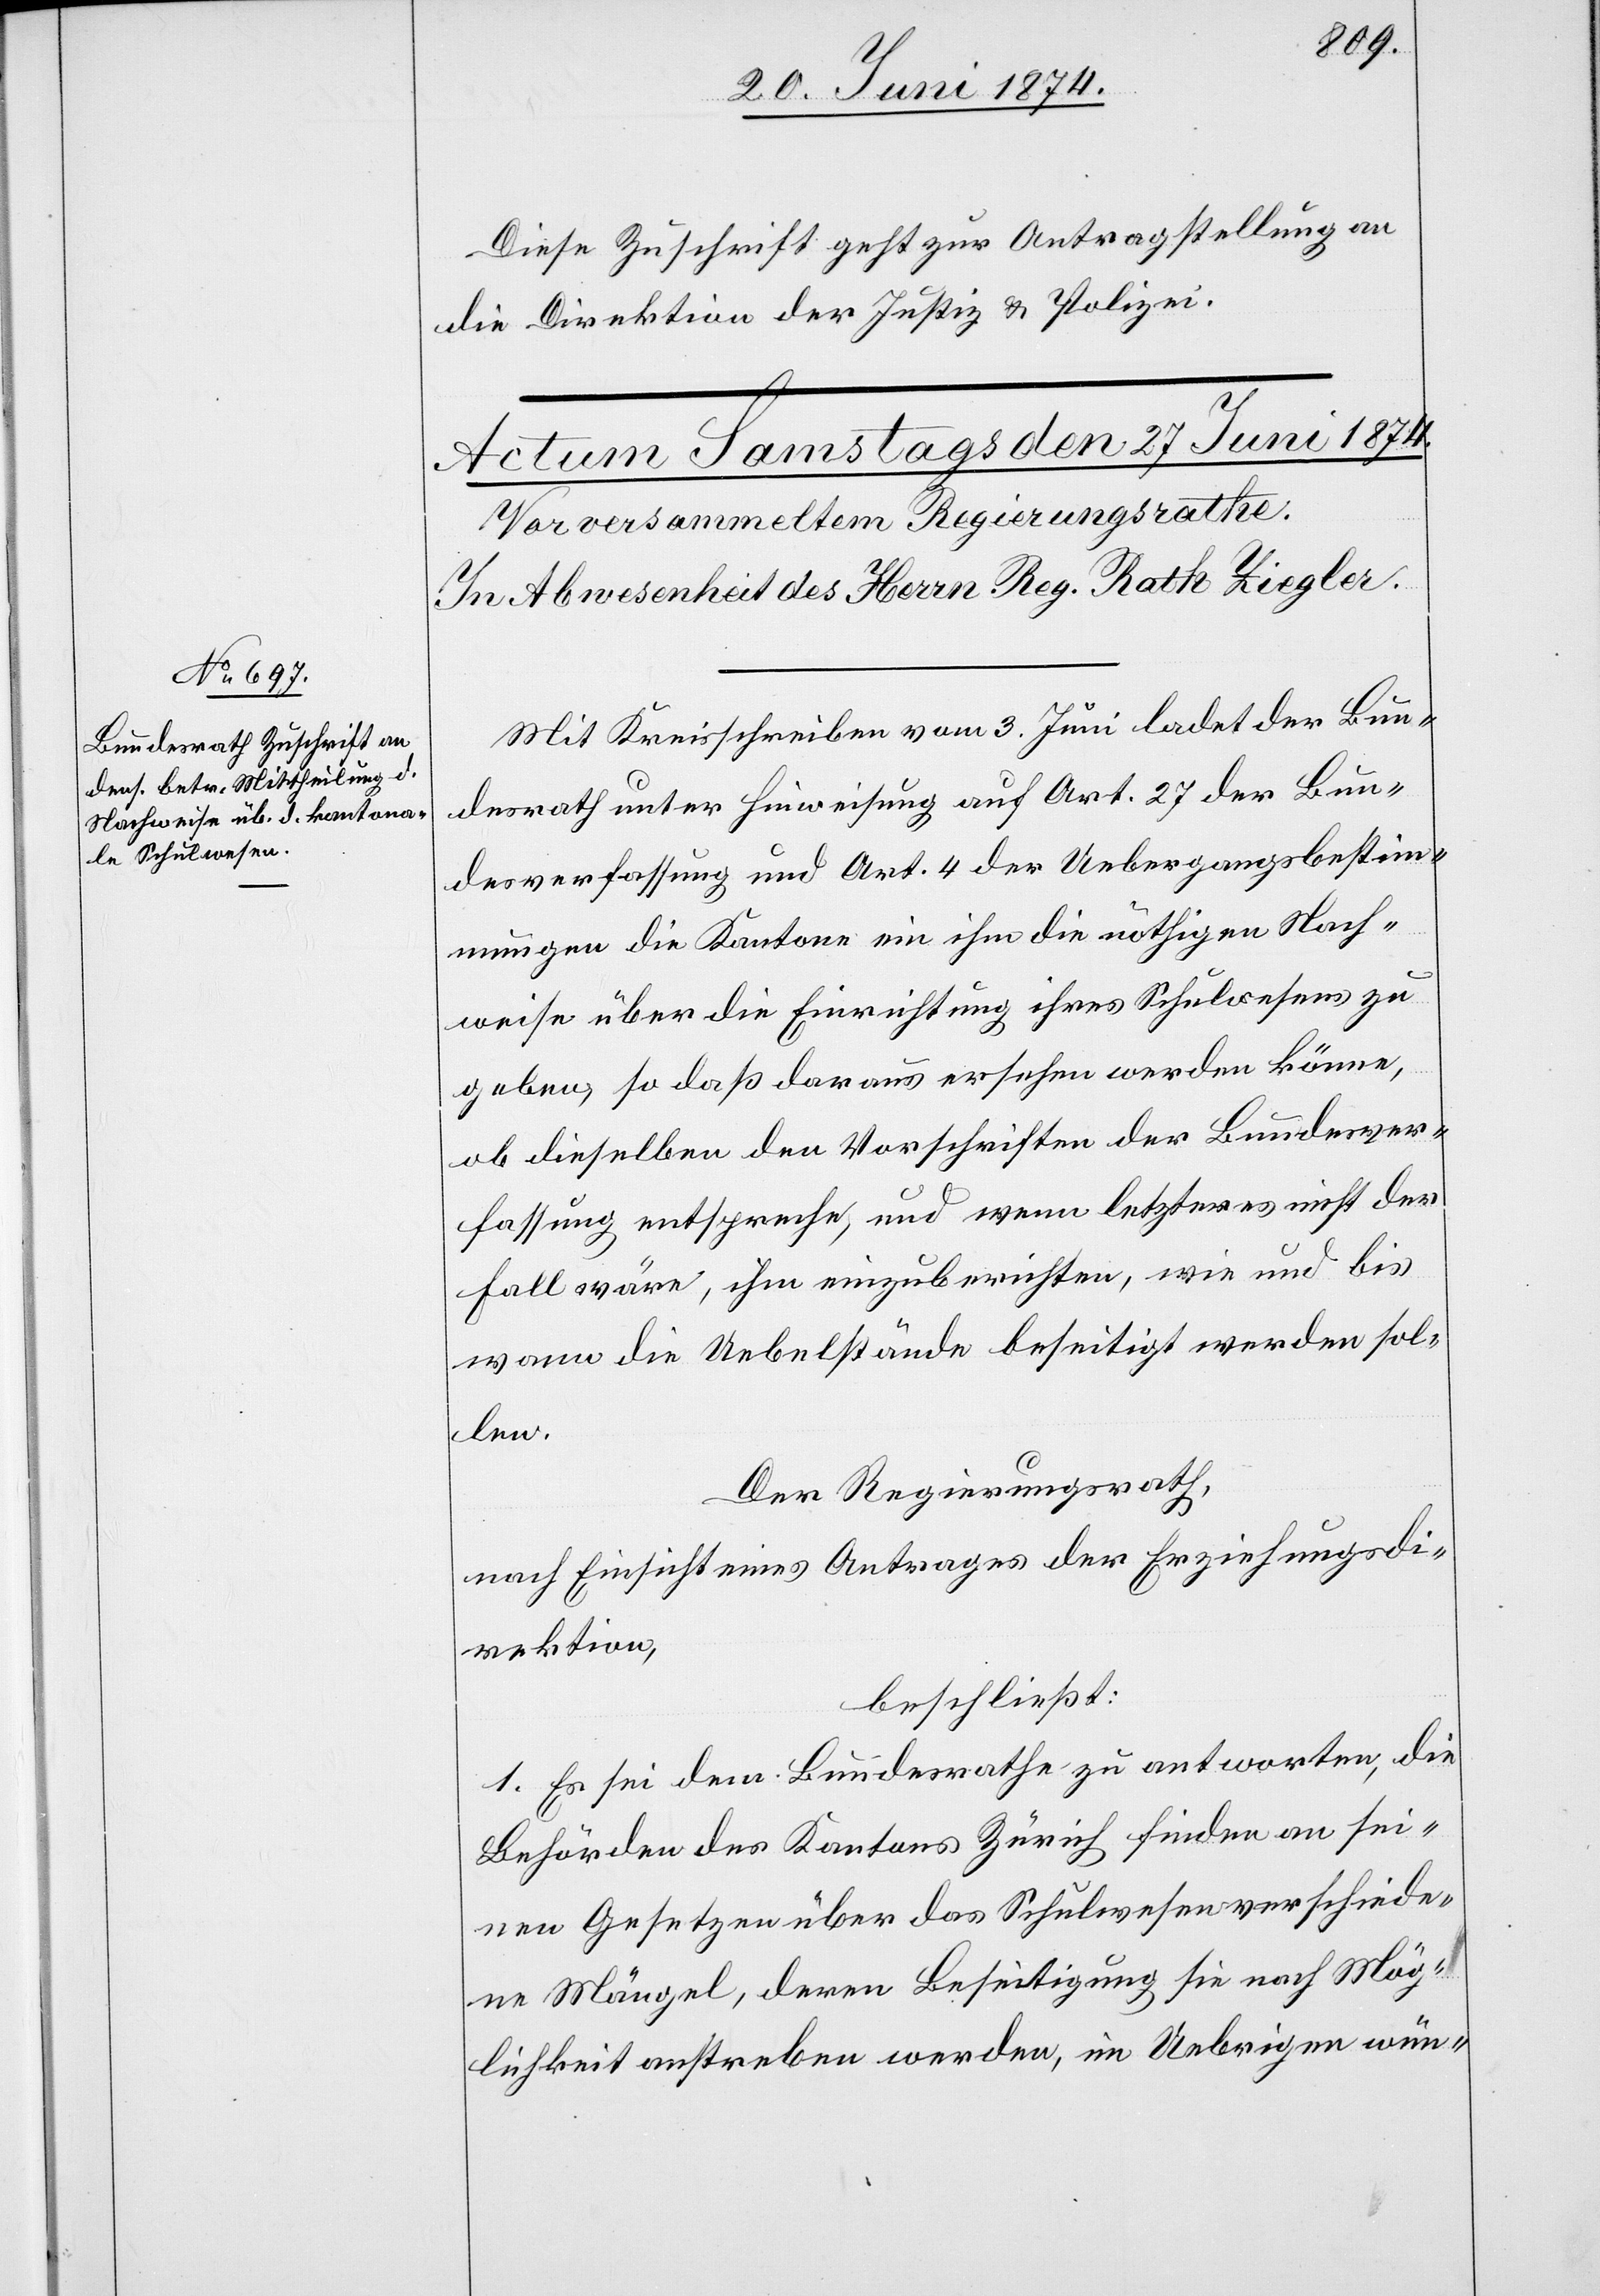
Diese Zuschrift geht zur Antragstellung an
die Direktion der Justiz u. Polizei.
Mit Kreisschreiben vom 3. Juni ladet der Bun¬
desrath unter Hinweisung auf Art. 27 der Bun¬
desverfassung und Art. 4 der Uebergangsbestim¬
mungen die Kantone ein ihm die nöthigen Nach¬
weise über die Einrichtung ihres Schulwesens zu
geben, so daß daraus ersehen werden könne,
ob dieselben den Vorschriften der Bundesver¬
fassung entsprechen, und wenn letzteres nicht der
Fall wäre, ihm einzuberichten, wie und bis
wann die Uebelstände beseitigt werden sol¬
len.
Der Regierungsrath,
nach Einsicht eines Antrages der Erziehungsdi¬
rektion,
beschließt:
1. Es sei dem Bundesrathe zu antworten, die
Behörden des Kantons Zürich finden an sei¬
nen Gesetzen über das Schulwesen verschiede¬
ne Mängel, deren Beseitigung sie nach Mög¬
lichkeit anstreben werden, im Uebrigen wün-